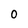
Character: 0